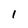
Character: 1